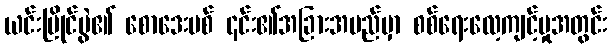
ယင်းပြိုင်ပွဲ၏ စောဒေးဗစ် ၎င်း၏အခြားအမည်မှာ စစ်ရေးလေ့ကျင့်မှုအတွင်း